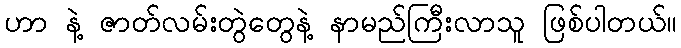
ဟာ နဲ့ ဇာတ်လမ်းတွဲတွေနဲ့ နာမည်ကြီးလာသူ ဖြစ်ပါတယ်။